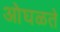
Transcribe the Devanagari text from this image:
ओघळते